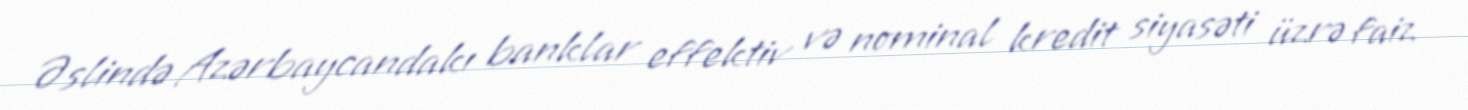
Əslində Azərbaycandakı banklar effektiv və nominal kredit siyasəti üzrə faiz